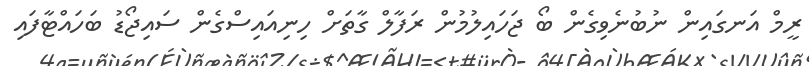
ރީމް އަނގައިން ނުބުނެވިގެން ބޯ ޖަހައިލުމުން ރަފާލް ގާތަށް ހިނިއައިސްގެން ސައިޖޯޑު ބަހައްޓާފައި